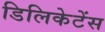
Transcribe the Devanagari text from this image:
डिलिकेटेंस